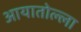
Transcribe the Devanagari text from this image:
आयातोल्ला